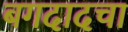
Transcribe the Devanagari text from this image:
बगदादचा